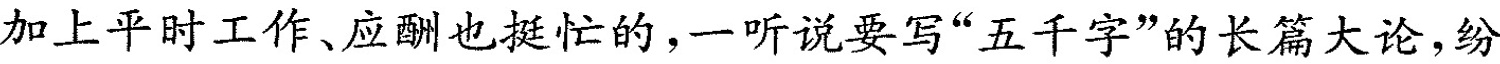
加上平时工作、应酬也挺忙的，一听说要写”五千字”的长篇大论，纷